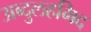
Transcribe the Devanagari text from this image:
अब्दुलहमिद